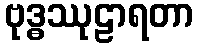
ဗုဒ္ဓဿုဠာရတာ